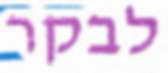
לבקר